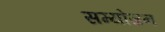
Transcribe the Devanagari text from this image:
सम्योजन